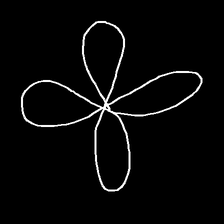
Glyph: billowing